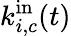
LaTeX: k_{i,c}^{\mathrm{in}}(t)